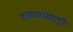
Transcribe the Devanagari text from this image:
रुबायांसाठी